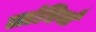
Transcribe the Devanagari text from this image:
लांघियाँ